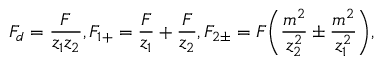
F _ { d } = \frac { F } { z _ { 1 } z _ { 2 } } , F _ { 1 + } = \frac { F } { z _ { 1 } } + \frac { F } { z _ { 2 } } , F _ { 2 \pm } = F \biggl ( \frac { m ^ { 2 } } { z _ { 2 } ^ { 2 } } \pm \frac { m ^ { 2 } } { z _ { 1 } ^ { 2 } } \biggr ) ,